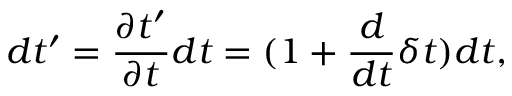
d t ^ { \prime } = \frac { \partial t ^ { \prime } } { \partial t } d t = ( 1 + \frac { d } { d t } \delta t ) d t ,